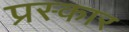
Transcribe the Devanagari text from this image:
प्रस्कार